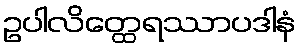
ဥပါလိတ္ထေရဿာပဒါနံ